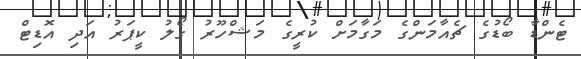
ޓެންޑާ ބޯޑުގެ ޗެއާމަންގެ މަގާމަށް ކުރީގެ މަޝްހޫރު ގޯލު ކީޕަރު އަދި އޮޑިޓް